Hæmogregarina gerbilli - Number 18
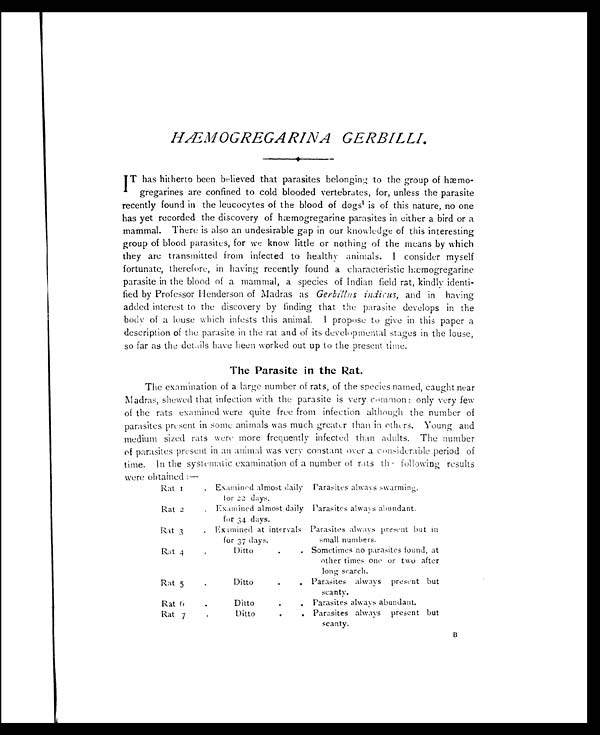
HÆMOGREGARINA GERBILLI.
IT has hitherto been believed that parasites belonging to the group of hæmo-
gregarines are confined to cold blooded vertebrates, for, unless the parasite
recently found in the leucocytes of the blood of dogs1 i s o f t h i s n a t u r e , n o o n e
has yet recorded the discovery of hæmogregarine parasites in either a bird or a
mammal. There is also an undesirable gap in our knowledge of this interesting
group of blood parasites, for we know little or nothing of the means by which
they are transmitted from infected to healthy animals. I consider myself
fortunate, therefore, in having recently found a characteristic hæmogregarine
parasite in the blood of a mammal, a species of Indian field rat, kindly identi-
fied by Professor Henderson of Madras as Gerbillus indicus, and in having
added interest to the discovery by finding that the parasite develops in the
body of a louse which infests this animal. I propose to give in this paper a
description of the parasite in the rat and of its developmental stages in the louse,
so far as the details have been worked out up to the present time.
The Parasite in the Rat.
The examination of a large number of rats, of the species named, caught near
Madras, shewed that infection with the parasite is very common: only very few
of the rats examined were quite free from infection although the number of
parasites present in some animals was much greater than in others. Young and
medium sized rats were more frequently infected than adults. The number
of parasites present in an animal was very constant over a considerable period of
time. In the systematic examination of a number of rats the following results
were obtained:—
Rat 1
. Examined almost daily
for 22 days.
Parasites always swarming.
Rat 2
. Examined almost daily
for 34 days.
Parasites always abundant.
Rat 3
. Examined at intervals
for 37 days.
Parasites always present but in
small numbers.
Rat 4
.
Ditto
.
. Sometimes no parasites found, at
other times one or two after
long search.
Rat 5
.
Ditto
.
. Parasites always present but
scanty.
Rat 6
.
Ditto
.
. Parasites always abundant.
Rat 7
.
Ditto
.
. Parasites always present but
scanty.